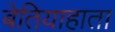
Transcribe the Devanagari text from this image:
बेतियाहाता